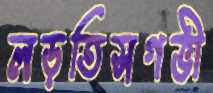
লড়তিসগভী